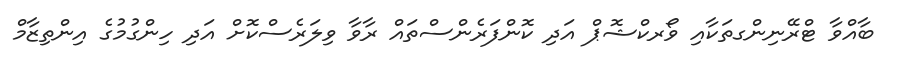
ބާއްވާ ޓްރޭނިންގތަކާއި ވޯރކްޝޮޕް އަދި ކޮންފަރެންސްތައް ރާވާ ވިލަރެސްކޮށް އަދި ހިންގުމުގެ އިންތިޒާމް